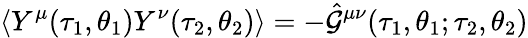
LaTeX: \langle Y^{\mu}(\tau_{1},\theta_{1})Y^{\nu}(\tau_{2},\theta_{2})\rangle=-\hat{\cal G}^{\mu\nu}(\tau_{1},\theta_{1};\tau_{2},\theta_{2})